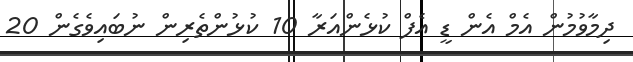
ދިމާވުމުން އެމް އެން ޑީ އެފް ކުޅެންއަރާ 10 ކުޅުންތެރިން ނުބައިވެގެން 20